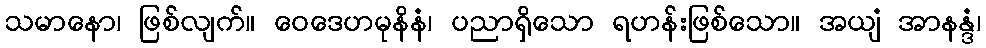
သမာနော၊ ဖြစ်လျက်။ ဝေဒေဟမုနိနံ၊ ပညာရှိသော ရဟန်းဖြစ်သော။ အယျံ အာနန္ဒံ၊